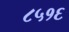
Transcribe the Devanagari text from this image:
८५१६